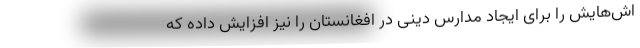
اش‌هایش را برای ایجاد مدارس دینی در افغانستان را نیز افزایش داده که